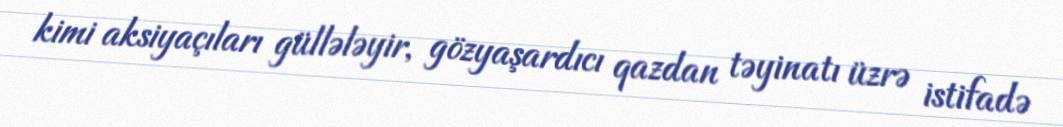
kimi aksiyaçıları güllələyir, gözyaşardıcı qazdan təyinatı üzrə istifadə